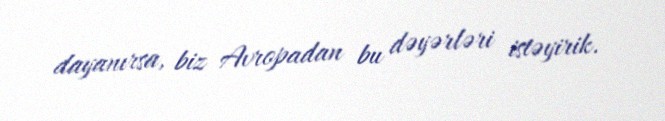
dayanırsa, biz Avropadan bu dəyərləri istəyirik.